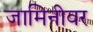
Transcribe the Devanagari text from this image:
जामिनीवर